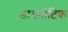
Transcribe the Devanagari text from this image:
डायनोटिक